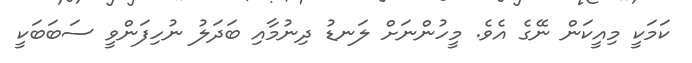
ކަމަކީ މިއީކަން ނޭގެ އެވެ. މީހުންނަށް ލަނޑު ދިނުމާއި ބަދަލު ނުހިފަންވީ ސަބަބަކީ